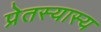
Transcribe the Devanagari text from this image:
प्रेतस्यास्य